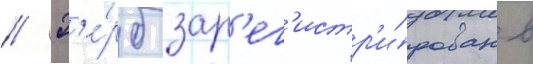
// Г'е́рб зар'ег'истр'и́рован в